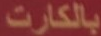
بالكارت